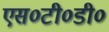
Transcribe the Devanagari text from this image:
एस०टी०डी०